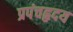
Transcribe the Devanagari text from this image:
प्रपंचहृदय